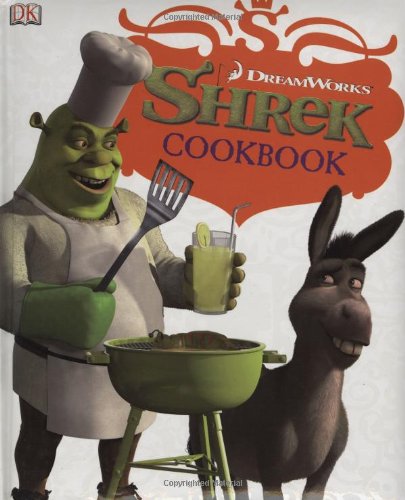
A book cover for Shrek Cookbook; DK Publishing; Teen & Young Adult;